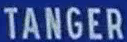
TANGER